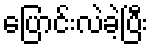
ပြောင်းလဲခဲ့ပြီး